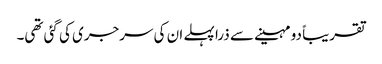
تقریباً دو مہینے سے ذرا پہلے ان کی سرجری کی گئی تھی۔